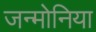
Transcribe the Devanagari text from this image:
जन्मोनिया